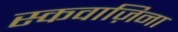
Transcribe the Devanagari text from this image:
स्कवाज़िना